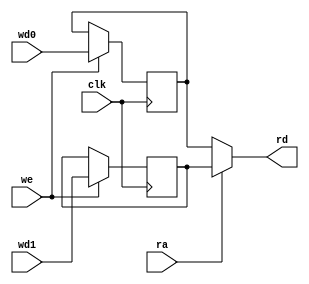
`timescale 1ns / 1ps
module spregfile(
input clk, 
input we, 
input ra, 
input  [31:0] wd0, wd1, 
output [31:0] rd
);
reg [31:0] rf[1:0];
always @(posedge clk)
    if (we == 1'b1)
      begin
        rf[1'b0] <= wd0;
        rf[1'b1] <= wd1;
      end
   assign rd = (ra != 1'b0) ? rf[1'b1] : rf[1'b0];
endmodule